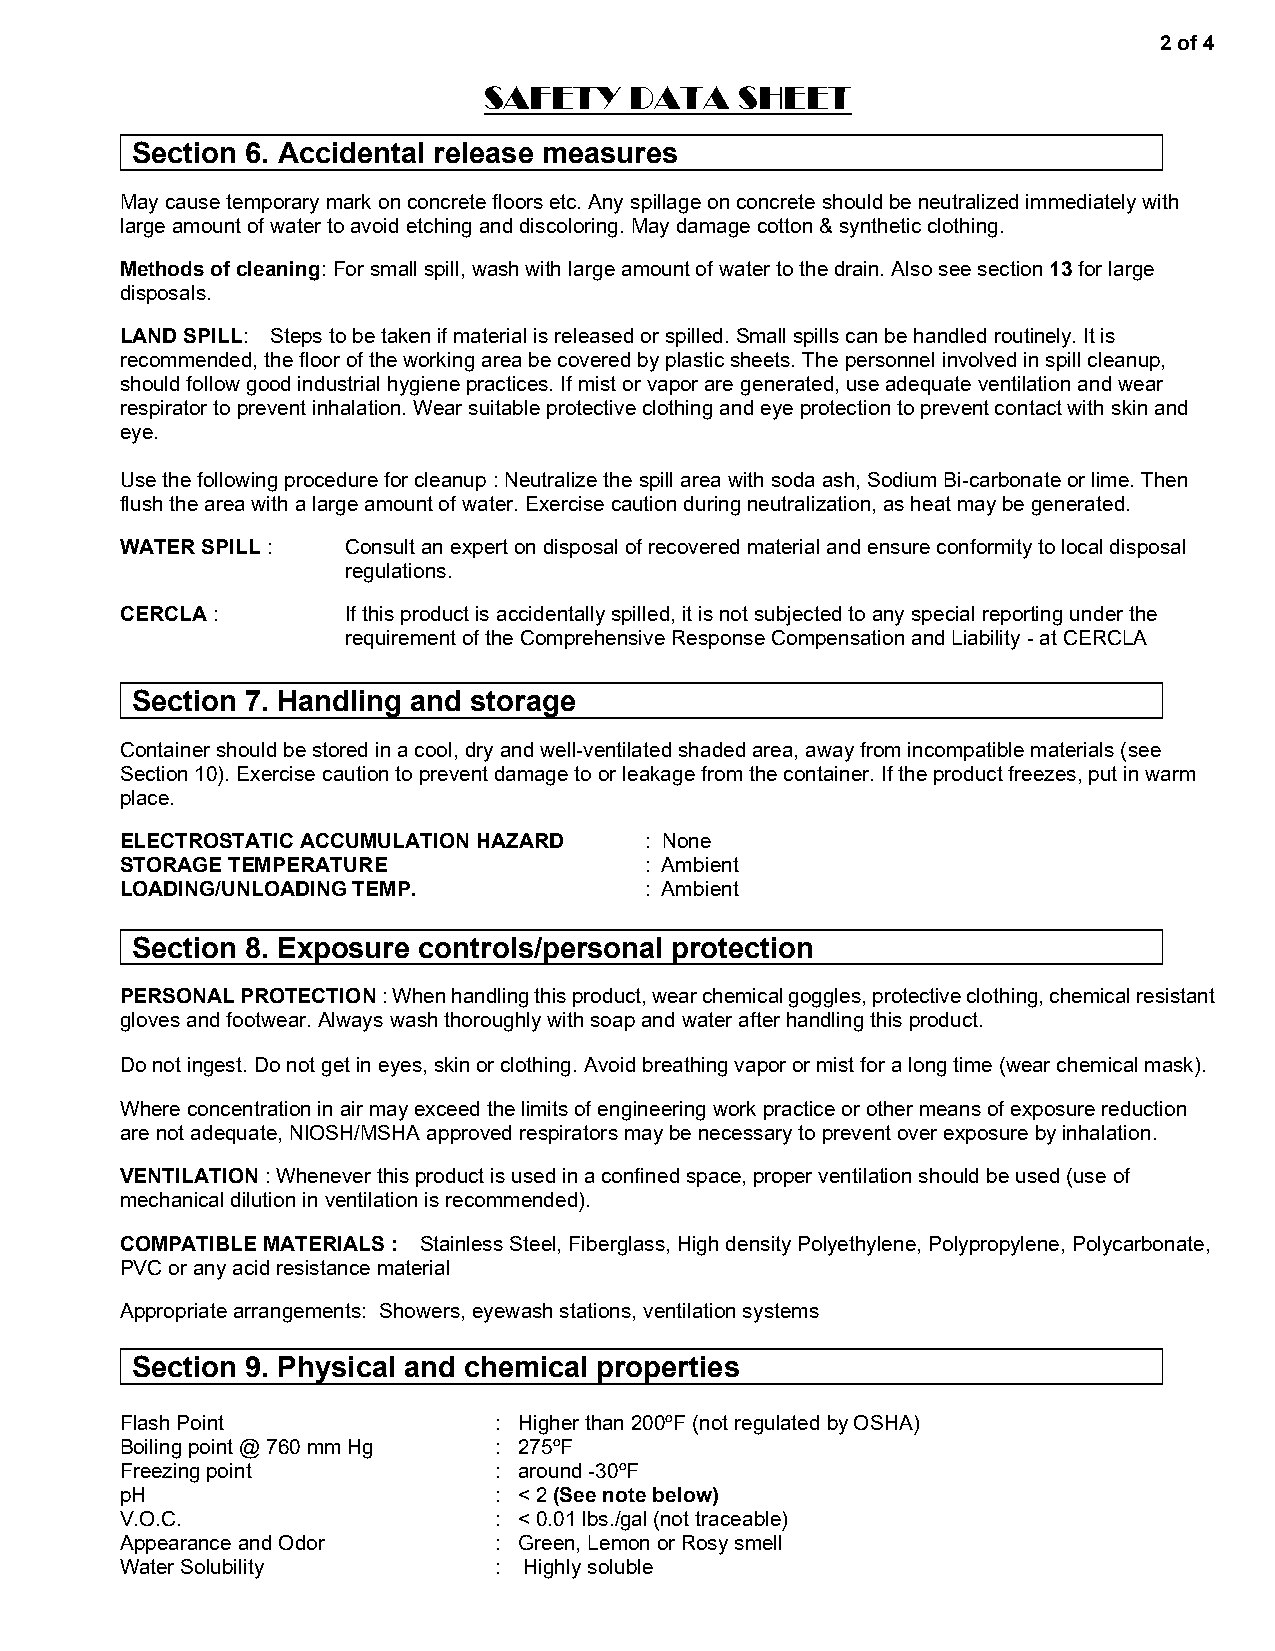
2 of 4
 SAFETY    DATA   SHEET
 Section 6. Accidental release measures
 May cause temporary mark on concrete floors etc. Any spillage on concrete should be neutralized immediately with
 large amount of water to avoid etching and discoloring. May damage cotton & synthetic clothing.
 Methods of cleaning: For small spill, wash with large amount of water to the drain. Also see section 13 for large
 disposals.
 LAND SPILL: Steps to be taken if material is released or spilled. Small spills can be handled routinely. It is
 recommended, the floor of the working area be covered by plastic sheets. The personnel involved in spill cleanup,
 should follow good industrial hygiene practices. If mist or vapor are generated, use adequate ventilation and wear
 respirator to prevent inhalation. Wear suitable protective clothing and eye protection to prevent contact with skin and
 eye.
 Use the following procedure for cleanup : Neutralize the spill area with soda ash, Sodium Bi-carbonate or lime. Then
 flush the area with a large amount of water. Exercise caution during neutralization, as heat may be generated.
 WATER SPILL :  Consult an expert on disposal of recovered material and ensure conformity to local disposal
 regulations.
 CERCLA :       If this product is accidentally spilled, it is not subjected to any special reporting under the
 requirement of the Comprehensive Response Compensation and Liability - at CERCLA
 Section 7. Handling and storage
 Container should be stored in a cool, dry and well-ventilated shaded area, away from incompatible materials (see
 Section 10). Exercise caution to prevent damage to or leakage from the container. If the product freezes, put in warm
 place.
 ELECTROSTATIC ACCUMULATION HAZARD  : None
 STORAGE TEMPERATURE                : Ambient
 LOADING/UNLOADING TEMP.            : Ambient
 Section 8. Exposure controls/personal protection
 PERSONAL PROTECTION : When handling this product, wear chemical goggles, protective clothing, chemical resistant
 gloves and footwear. Always wash thoroughly with soap and water after handling this product.
 Do not ingest. Do not get in eyes, skin or clothing. Avoid breathing vapor or mist for a long time (wear chemical mask).
 Where concentration in air may exceed the limits of engineering work practice or other means of exposure reduction
 are not adequate, NIOSH/MSHA approved respirators may be necessary to prevent over exposure by inhalation.
 VENTILATION : Whenever this product is used in a confined space, proper ventilation should be used (use of
 mechanical dilution in ventilation is recommended).
 COMPATIBLE MATERIALS : Stainless Steel, Fiberglass, High density Polyethylene, Polypropylene, Polycarbonate,
 PVC or any acid resistance material
 Appropriate arrangements: Showers, eyewash stations, ventilation systems
 Section 9. Physical and chemical properties
 Flash Point              : Higher than 200ºF (not regulated by OSHA)
 Boiling point @ 760 mm Hg : 275ºF
 Freezing point           : around -30ºF
 pH                       : < 2 (See note below)
 V.O.C.                   : < 0.01 lbs./gal (not traceable)
 Appearance and Odor      : Green, Lemon or Rosy smell
 Water Solubility         : Highly soluble